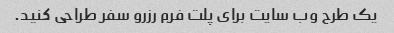
یک طرح وب سایت برای پلت فرم رزرو سفر طراحی کنید.